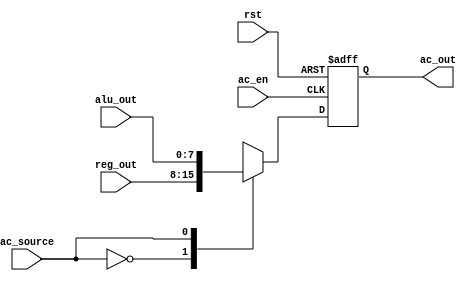
// This program was cloned from: https://github.com/buttfa/8_bits_cpu
// License: MIT License

`timescale 1ns / 1ps
//////////////////////////////////////////////////////////////////////////////////
// Company: 
// Engineer: 
// 
// Design Name: 
// Module Name: accumulator
// Project Name: 
// Target Devices: 
// Tool Versions: 
// Description: 
// 
// Dependencies: 
// 
// Revision:
// Revision 0.01 - File Created
// Additional Comments:
// 
//////////////////////////////////////////////////////////////////////////////////


module accumulator(
        input rst, // 
        input ac_en, // AC
        input ac_source, // AC0REGS1ALU
        input [7:0] reg_out, // REGS
        input [7:0] alu_out, // ALU
    
        output reg [7:0] ac_out // AC
    );


    parameter 
        REG = 1'b0,
        ALU = 1'b1;

    always @(negedge rst or posedge ac_en) begin
        if (!rst) begin
            ac_out <= 8'b0000_0000;
        end else if (ac_en) begin
            case (ac_source)
                REG: begin
                    ac_out <= reg_out;
                end 
                ALU: begin
                    ac_out <= alu_out;
                end
                default: begin
                    ac_out <= ac_out;
                end
            endcase
        end
    end

endmodule